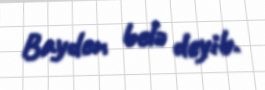
Bayden belə deyib.